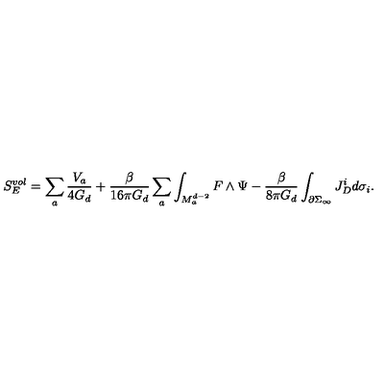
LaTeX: S _ { E } ^ { v o l } = \sum _ { a } \frac { V _ { a } } { 4 G _ { d } } + \frac { \beta } { 1 6 \pi G _ { d } } \sum _ { a } \int _ { M _ { a } ^ { d - 2 } } F \wedge \Psi - \frac { \beta } { 8 \pi G _ { d } } \int _ { \partial \Sigma _ { \infty } } J _ { D } ^ { i } d \sigma _ { i } .